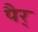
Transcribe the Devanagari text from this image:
पैर्